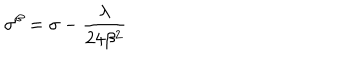
LaTeX: \sigma ^ { \beta } = \sigma - \frac { \lambda } { 2 4 \beta ^ { 2 } }